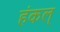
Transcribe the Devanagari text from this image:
हंकल्